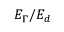
E _ { \Gamma } / E _ { d }